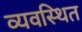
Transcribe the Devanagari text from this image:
व्‍यवस्‍िथत